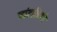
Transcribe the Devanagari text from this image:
चांडाळिणी